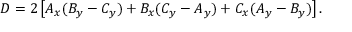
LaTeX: D = 2 \left[ A _ { x } ( B _ { y } - C _ { y } ) + B _ { x } ( C _ { y } - A _ { y } ) + C _ { x } ( A _ { y } - B _ { y } ) \right] .